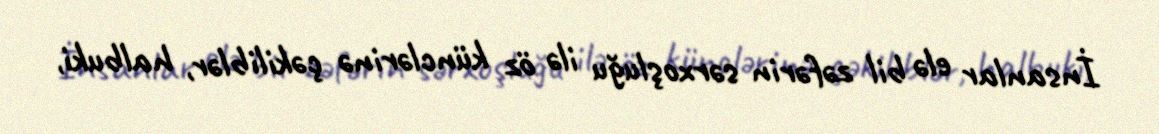
İnsanlar elə bil zəfərin sərxoşluğu ilə öz künclərinə çəkiliblər, halbuki,